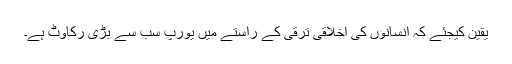
یقین کیجئے کہ انسانوں کی اخلاقی ترقی کے راستے میں یورپ سب سے بڑی رکاوٹ ہے۔